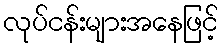
လုပ်ငန်းများအနေဖြင့်